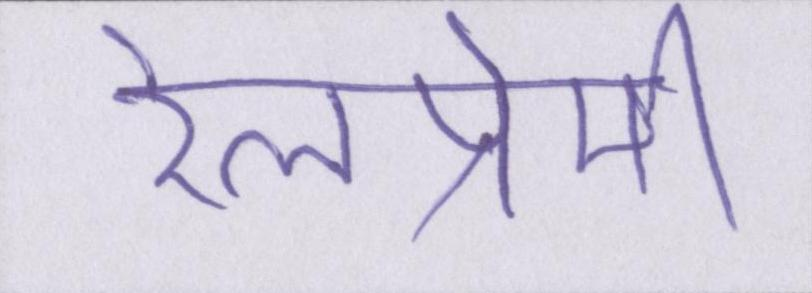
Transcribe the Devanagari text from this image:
रेलप्रेमी